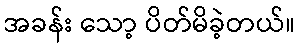
အခန်း သော့ ပိတ်မိခဲ့တယ်။